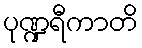
ပုဏ္ဍရီကာတိ